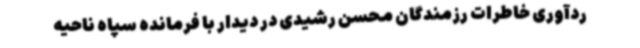
ردآوری خاطرات رزمندگان محسن رشیدی در دیدار با فرمانده سپاه ناحیه